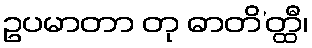
ဥပမာတာ တု ဓာတိ’တ္ထီ၊